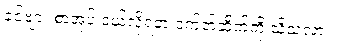
ခင်ဗျား စာအုပ် ဝယ်လို့ရတဲ့ ဝက်ဘ်ဆိုက်ကို သိသလား။